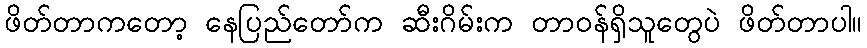
ဖိတ်တာကတော့ နေပြည်တော်က ဆီးဂိမ်းက တာဝန်ရှိသူတွေပဲ ဖိတ်တာပါ။